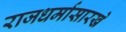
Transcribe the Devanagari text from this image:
राजधर्मासारखे